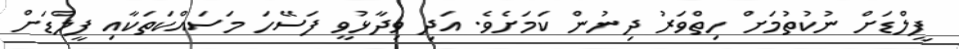
ފީލްޑަށް ނުކުތުމަށް ހިތްވަރު ދިނުން ކަމަށެވެ. އަދި ވިދާޅުވީ ފަސޭހަ މަސައްކަތަކާއި ފީލްޑަށް